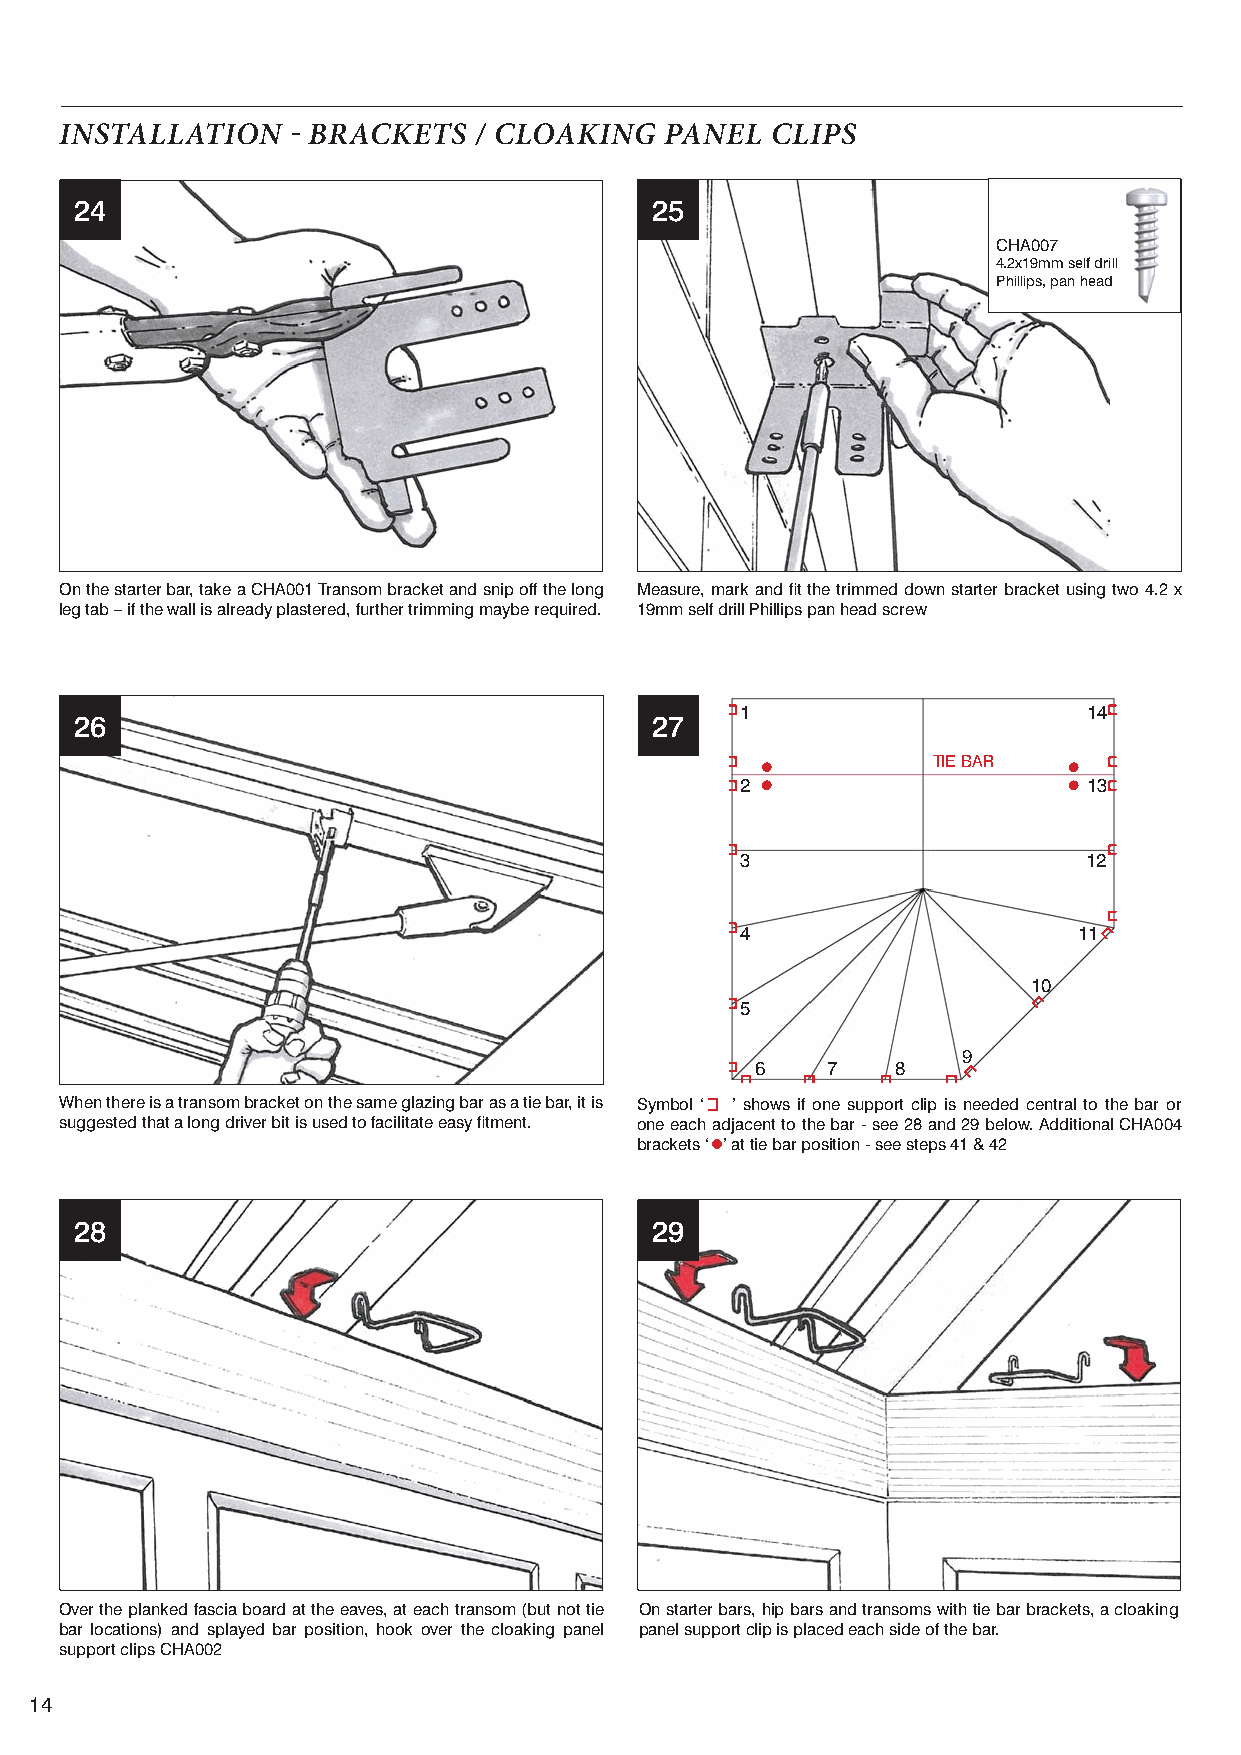
INSTALLATION    BRACKETS  / CLOAKING   PANEL  CLIPS
 24                                    25
 CHA007
 4.2x19mm self drill
 Phillips, pan head
 On the starter bar, take a CHA001 Transom bracket and snip off the long Measure, mark and fi t the trimmed down starter bracket using two 4.2 x
 leg tab – if the wall is already plastered, further trimming maybe required. 19mm self drill Phillips pan head screw
 1                      14
 26                                    27
 TIE BAR
 2                      13
 3                      12
 4                     11
 10
 5
 9
 6    7   8
 When there is a transom bracket on the same glazing bar as a tie bar, it is Symbol ‘ ’ shows if one support clip is needed central to the bar or
 suggested that a long driver bit is used to facilitate easy fi tment. one each adjacent to the bar - see 28 and 29 below. Additional CHA004
 brackets ‘ ’ at tie bar position - see steps 41 & 42
 28                                    29
 Over the planked fascia board at the eaves, at each transom (but not tie On starter bars, hip bars and transoms with tie bar brackets, a cloaking
 bar locations) and splayed bar position, hook over the cloaking panel panel support clip is placed each side of the bar.
 support clips CHA002
 14